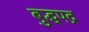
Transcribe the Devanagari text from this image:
बुद्धपद्र